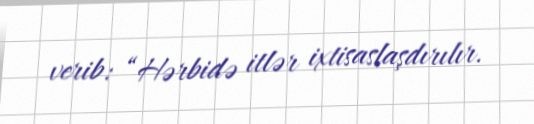
verib: “Hərbidə itlər ixtisaslaşdırılır.